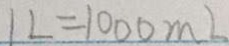
1 L = 1 0 0 0 m l